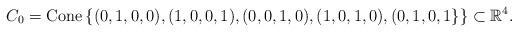
LaTeX: \begin{align*}C_{0}=\mathrm{Cone}\left\{ (0,1,0,0),(1,0,0,1),(0,0,1,0),(1,0,1,0),(0,1,0,1\}\right\} \subset\mathbb{R}^{4}.\end{align*}